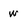
Character: W